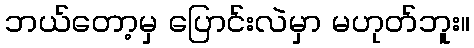
ဘယ်တော့မှ ပြောင်းလဲမှာ မဟုတ်ဘူး။